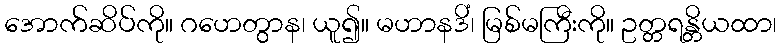
အောက်ဆိပ်ကို။ ဂဟေတွာန၊ ယူ၍။ မဟာနဒိံ၊ မြစ်မကြီးကို။ ဥတ္တရန္တိယထာ၊